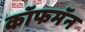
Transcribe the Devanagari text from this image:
कॉफमॅन